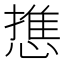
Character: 𭞓